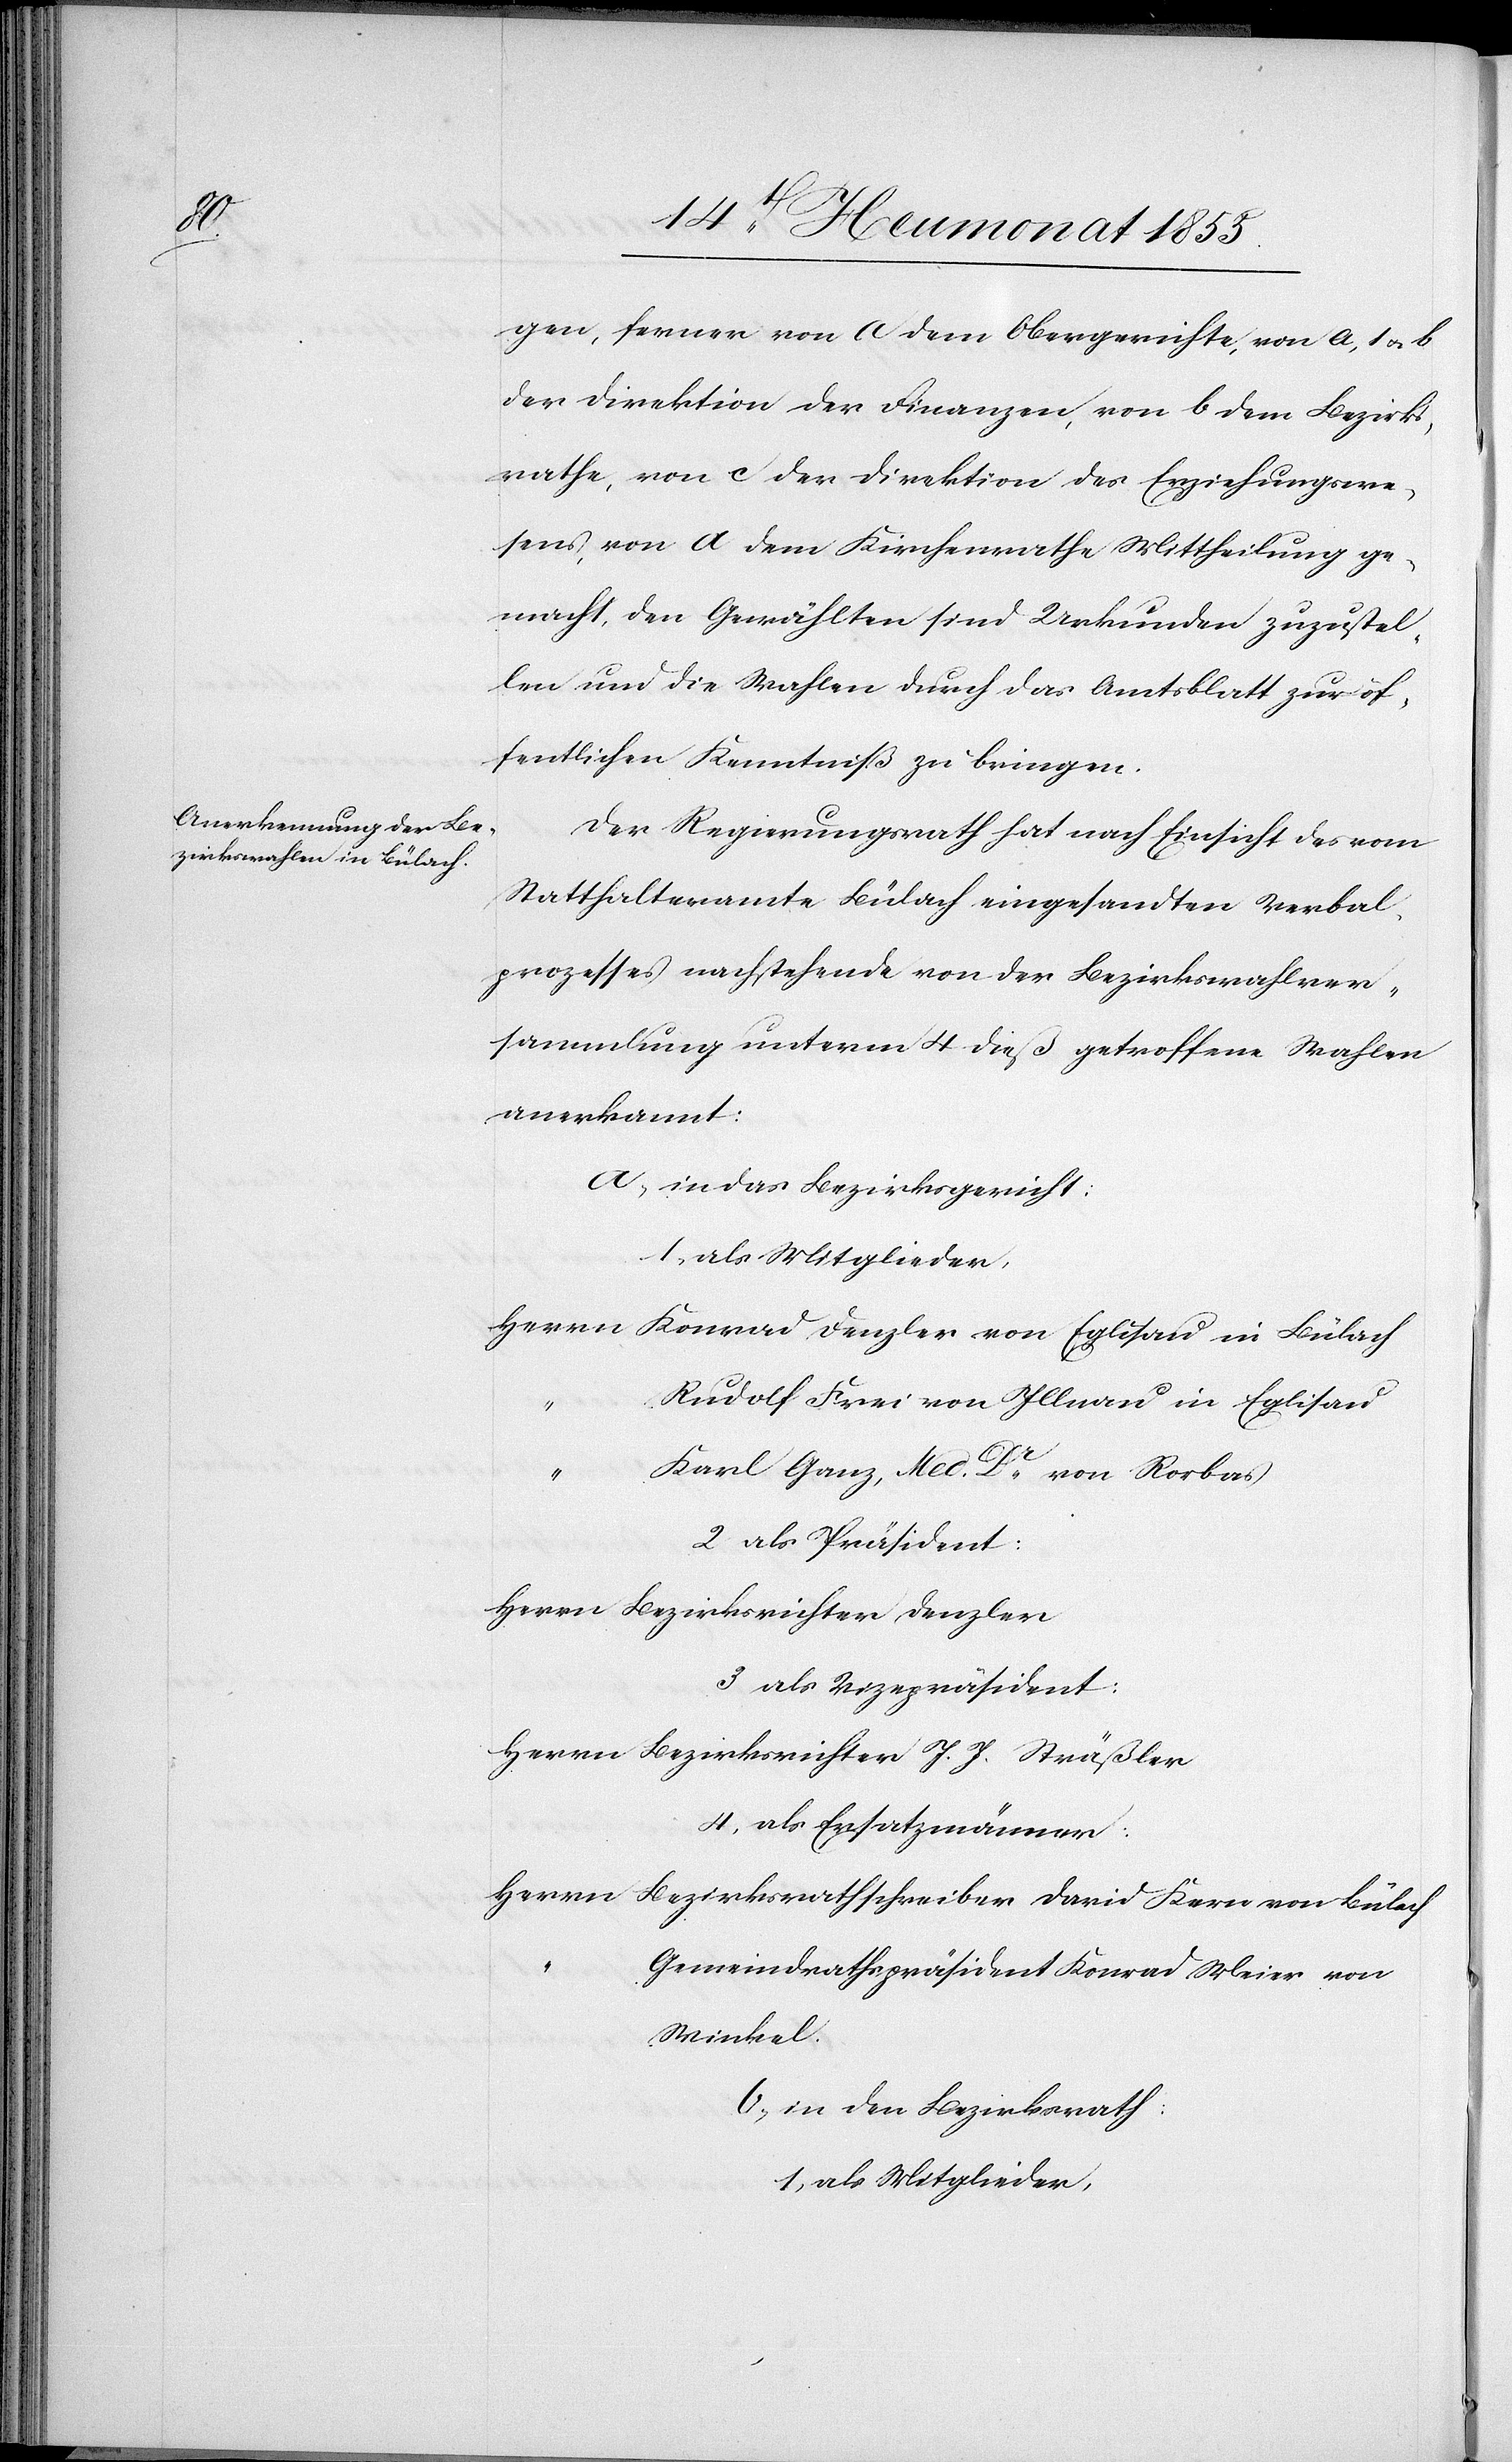
gen, ferner von a dem Obergerichte, von a, 1 & b
der Direktion der Finanzen, von b dem Bezirks¬
rathe, von c der Direktion des Erziehungswe¬
sens, von d dem Kirchenrathe Mittheilung ge¬
macht, den Gewählten sind Urkunden zuzustel¬
len und die Wahlen durch das Amtsblatt zur öf¬
fentlichen Kenntniß zu bringen.
Der Regierungsrath hat nach Einsicht des vom
Statthalteramte Bülach eingesandten Verbal¬
prozesses nachstehende von der Bezirkswahlver¬
sammlung unterm 4 dieß getroffene Wahlen
anerkannt:
a, in das Bezirksgericht:
Herrn Konrad Denzler von Eglisau in Bülach
Rudolf Frei von Illnau in Eglisau
Karl Ganz, Med. Dr. von Rorbas
2 als Präsident:
Herrn Bezirksrichter Denzler
3 als Vizepräsident:
Herrn Bezirksrichter J. J. Sträßler
4, als Ersatzmänner:
Herrn Bezirksrathschreiber David Kern von Bülach
Gemeindrathspräsident Konrad Meier von
Winkel.
b, in den Bezirksrath:
1, als Mitglieder: